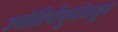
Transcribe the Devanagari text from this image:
ज्योतिषीबुवांकडून